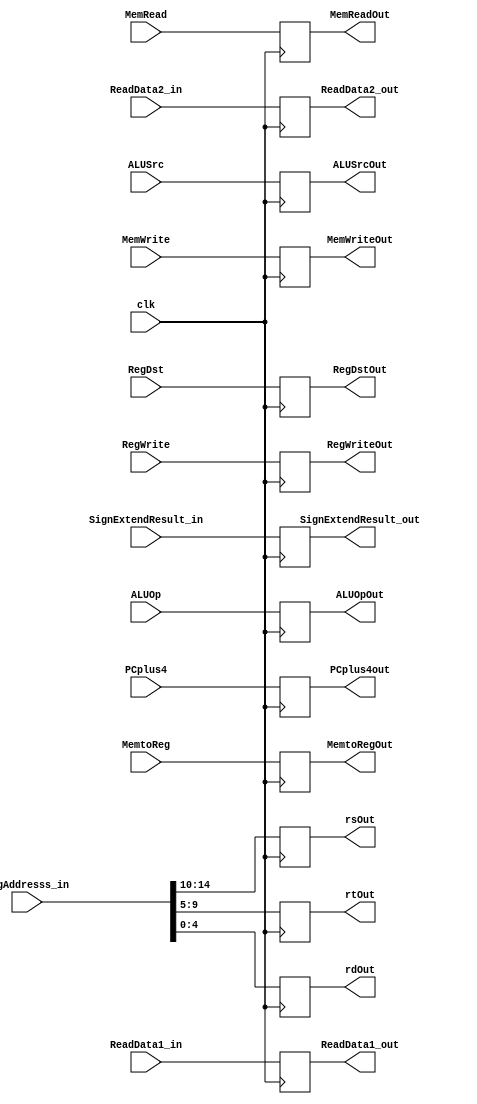
module IDEXReg (RegWrite, MemtoReg, MemWrite, MemRead,ALUSrc, ALUOp, RegDst, PCplus4 ,ReadData1_in ,ReadData2_in,SignExtendResult_in 
		,regAddresss_in ,PCplus4out ,ReadData1_out ,ReadData2_out ,SignExtendResult_out ,rsOut ,rtOut ,rdOut, RegWriteOut
		,MemtoRegOut,MemWriteOut, MemReadOut,ALUSrcOut, ALUOpOut, RegDstOut,clk);
  
    input wire RegWrite, MemtoReg;
    input wire MemWrite, MemRead; 
    input wire ALUSrc, RegDst;
    input wire [3:0] ALUOp;
    output reg RegWriteOut, MemtoRegOut;
    output reg MemWriteOut, MemReadOut;
    output reg ALUSrcOut, RegDstOut;
    output reg [3:0] ALUOpOut;

    input wire [31:0] PCplus4 ,ReadData1_in ,ReadData2_in ,SignExtendResult_in;
    input wire [14:0] regAddresss_in;
    input wire clk;

    output reg [31:0] PCplus4out ,ReadData1_out ,ReadData2_out ,SignExtendResult_out;
    output reg [4:0] rsOut ,rtOut ,rdOut;

    
    always @(posedge clk)
      begin
        PCplus4out <= PCplus4;
        ReadData1_out <= ReadData1_in;
        ReadData2_out <= ReadData2_in;
        SignExtendResult_out <= SignExtendResult_in;
        rsOut <= regAddresss_in[14:10];
        rtOut <= regAddresss_in[9:5];
        rdOut <= regAddresss_in[4:0];
        RegWriteOut <= RegWrite;
        MemtoRegOut <= MemtoReg;
        MemWriteOut <= MemWrite;
        MemReadOut <= MemRead;
        ALUSrcOut <= ALUSrc;
        ALUOpOut <= ALUOp;
        RegDstOut <= RegDst;
      end
    
endmodule